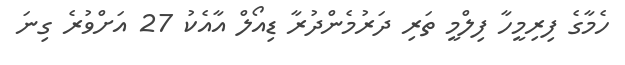
ހެމާގެ ފިރިމީހާ ފިލްމީ ތަރި ދަރުމެންދުރާ ޑިއޯލް އާއެކު 27 އަށްވުރެ ގިނަ